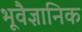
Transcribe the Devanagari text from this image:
भूवैज्ञानिक